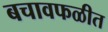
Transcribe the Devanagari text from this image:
बचावफळीत